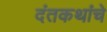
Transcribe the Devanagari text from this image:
दंतकथांचे